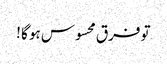
تو فرق محسوس ہو گا !